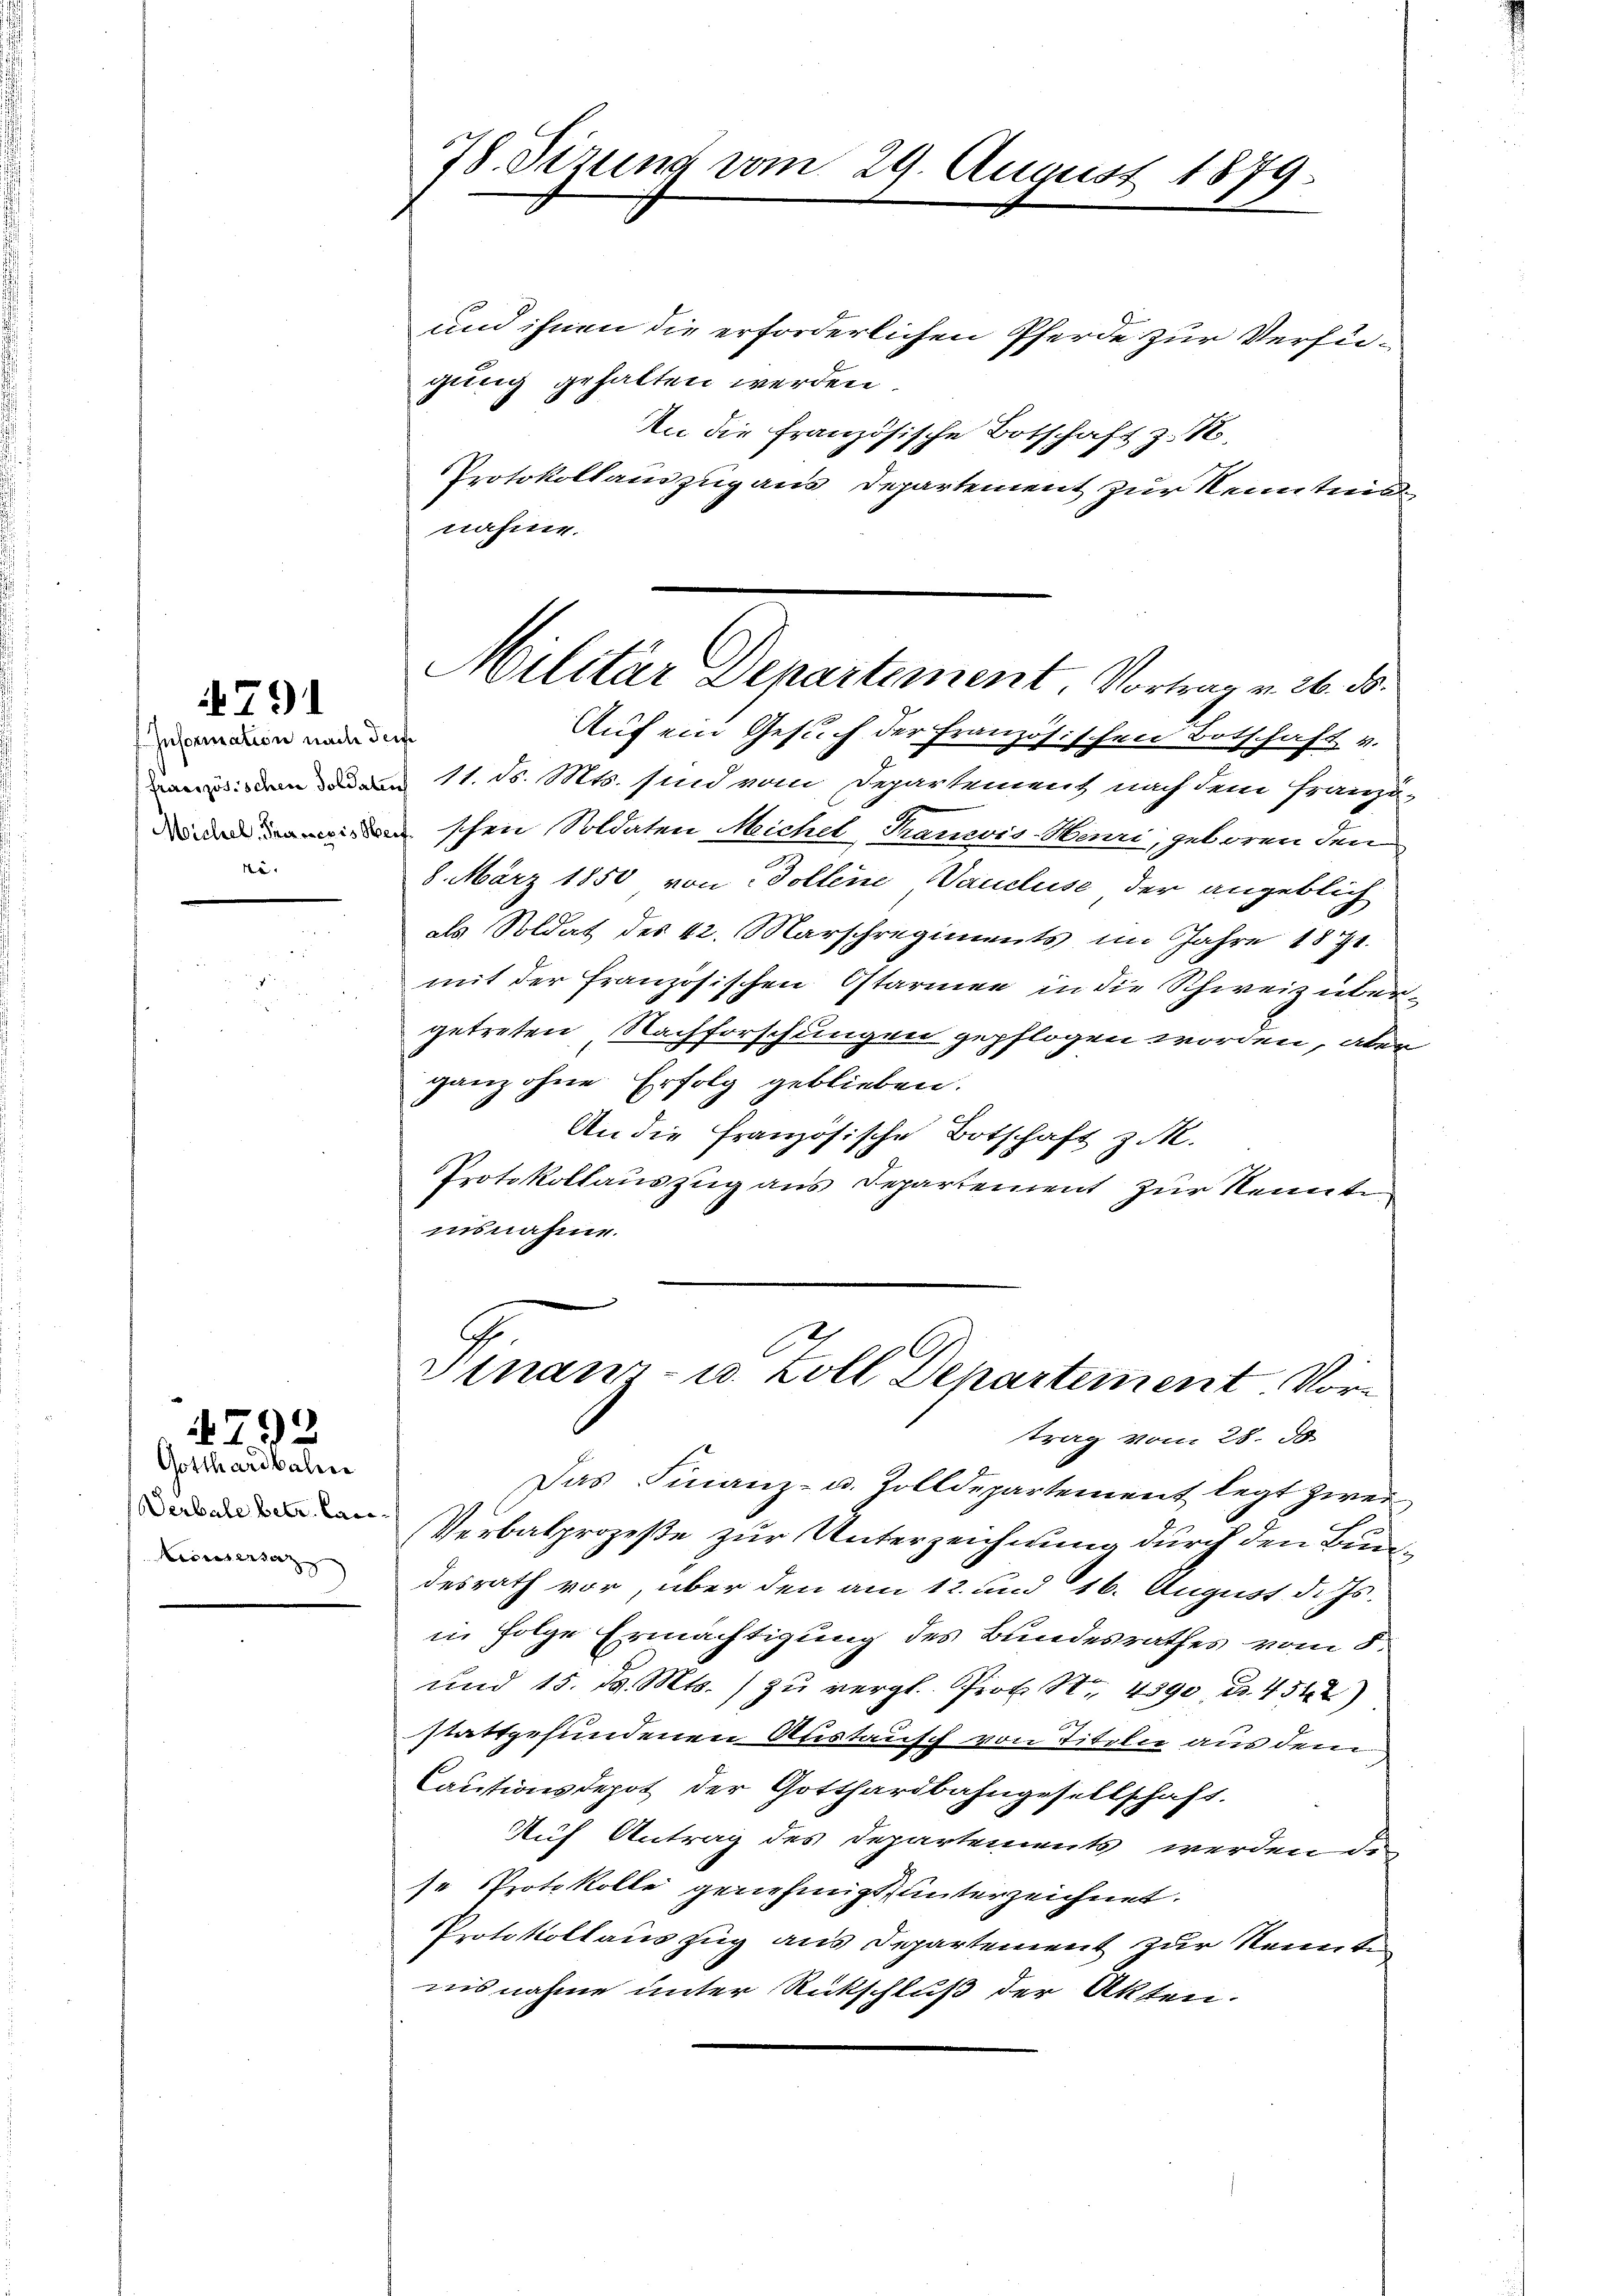
791

Information nach dem
e

Gotthardbahn
Werbale betr. Lan
az |

4792

78. Sizung vom 29. August 1879.

und ihnen die erforderlichen Pferde zur Verfügung gehalten werden.
An die französische Botschaft z. K.
Protokollauszug aus Departement zur Kenntnis
nahme.
Auf ein Gesuch der Französischen Botschaft v.
   11. d. Mts. sind vom Departement, nach dem franzu-
schen Soldaten Michel, Tramis-Marri, geboren den
8. März 1850 von Dollene Vaucluse der angeblich
als Soldat des 42. Marschregiments im Jahre 1871.
mit der französischen Ostarien in die Schweiz über
getreten Nachforschungen gepflogen worden, aber
ganz ohne Erfolg geblieben.
An die Französische Botschaft z. M.
Protokollauszug aus Departement zur Kennte.
insnahme.
Vinanz- u. Zoll Departement Vortrag vom 28. d.
Das Finanz- u. Zolldepartement legt zwei
Verbalprozeße zur Unterzeichnung durch den Bundesrath vor, über den am 12. und 16. August d. Js.
in Folge Ermächtigung des Bundesrathes vom 8.
und 15. d. Mts. zŭ vergl. Prof. S. 4390 u. 4542)
x
stattgefundenen Austausch von Titeln aus dem
Cautionsdepot der Gotthardbahngesellschaft.
Auf Antrag des Departements werden di
se Protokolle genehmigt unterzeichnet.
Protokollauszug aus Departement zur Kennten
nisnahme unter Rückschluß der Akten.

Militär Departement. Vortrag v. 26. d.